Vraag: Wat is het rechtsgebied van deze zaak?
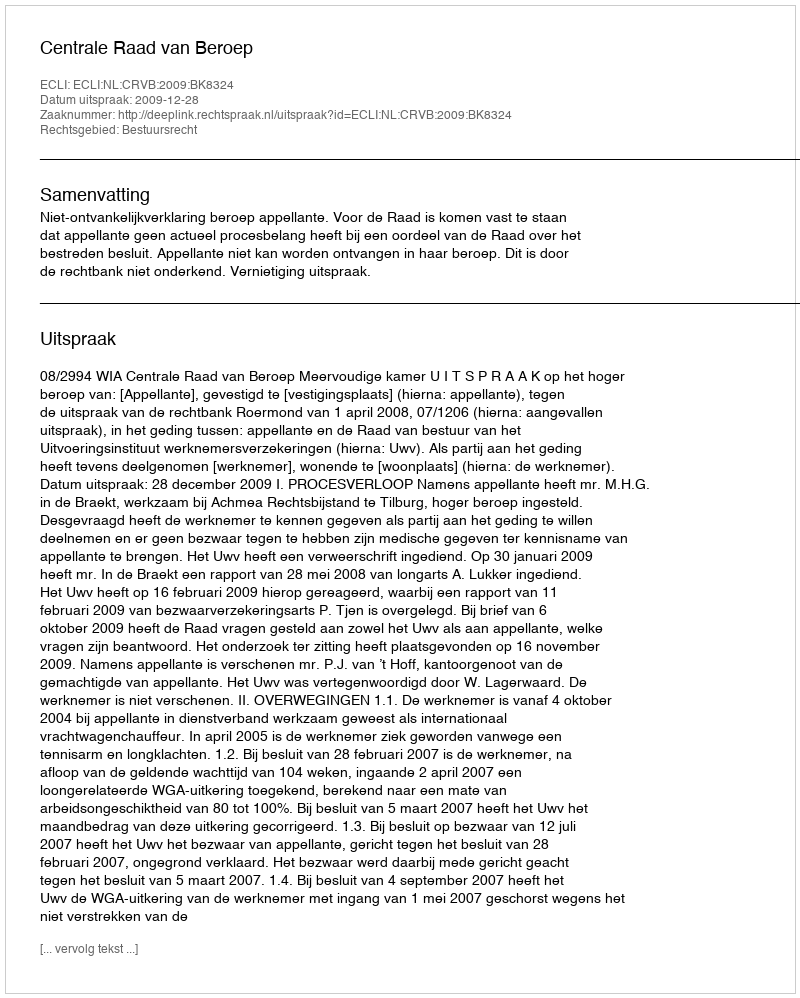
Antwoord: Bestuursrecht